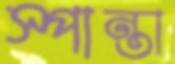
স্পান্তা